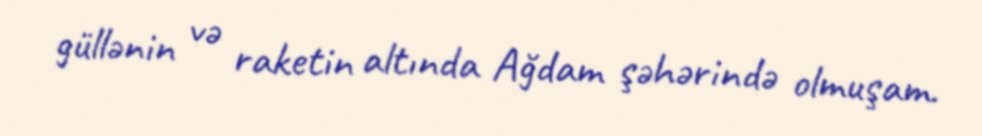
güllənin və raketin altında Ağdam şəhərində olmuşam.